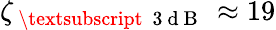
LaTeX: \zeta_{\mathrm{~\textsubscript~{~3~d~B~}~}}\approx 19